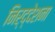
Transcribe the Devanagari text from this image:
निर्द्देशना